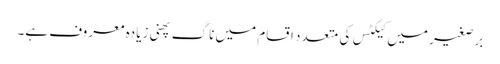
برصغیر میں کیکٹس کی متعدد اقسام میں ناگ پھنی زیادہ معروف ہے۔